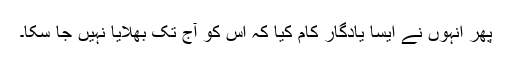
پھر انہوں نے ایسا یادگار کام کیا کہ اس کو آج تک بھلایا نہیں جا سکا۔